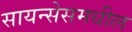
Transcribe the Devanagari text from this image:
सायन्सेसमधील